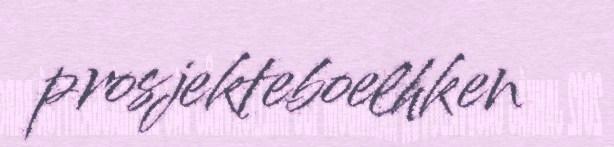
prosjekteboelhken